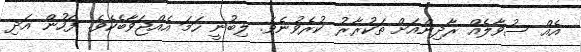
އެއް ސުވާލެއް ރާދިންއަށް ތަކުރާރު ކުރެވުނެވެ. ލިބުނީ ހަމަ އެއްޖަވާބެކެވެ. ފަހުން އަދި